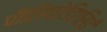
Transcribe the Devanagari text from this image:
पौलिपोडिएसिई